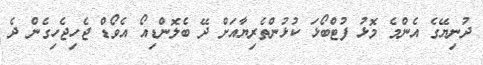
ދުނިޔޭގެ އެންމެ މޮޅު ފުޓްބޯޅަ ކުޅުންތެރިޔާއަށް ދޭ ބެލޮންޑިއޯ އެވޯޑް ޖެހިޖެހިގެން ދެ